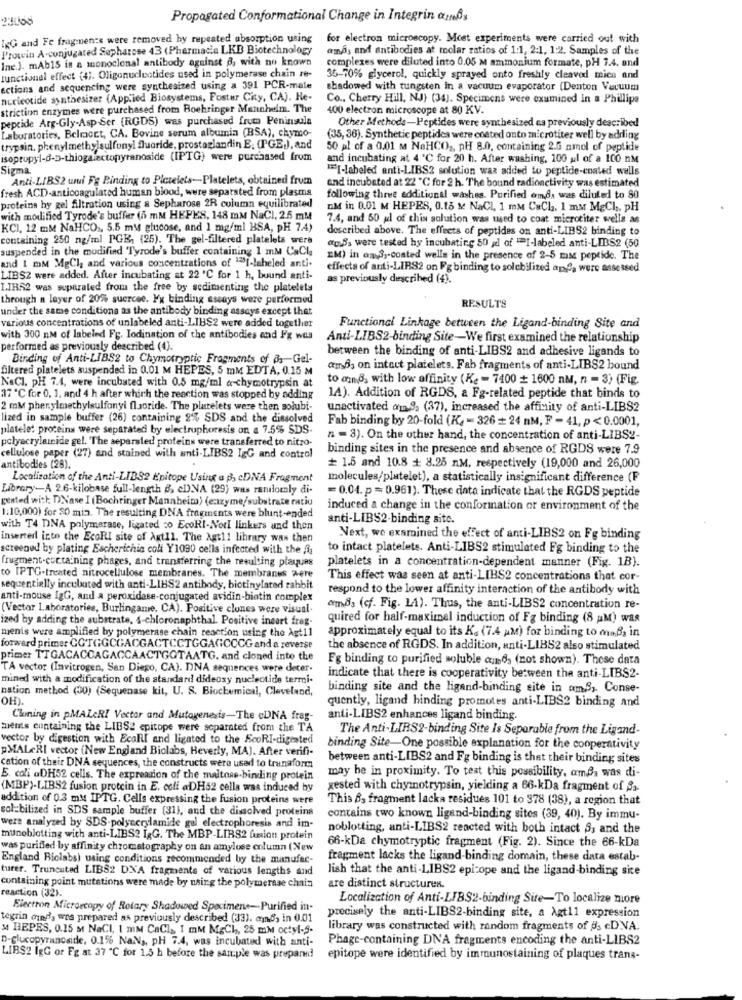
23068
Propagated Conformational Change in Integrin ammBy
ING and Fe fragments were removed by repeated absorption using
for electron microscopy. Most experiments were carried out with
Prowin A-conjugated Sapharose 43 (Pharmacie LKD Biotechnology
ama, and antibodies at molar ratios of 1:1, 2:1, 1:2. Samples of the
Ine.). mAb15 in a monoclonal antibody against &, with no known
complexes were diluted into 0.05 M ammonium formate, pH 7.4, and
functional effect (4). Oligonucleotides used in polymerase chain re-
35-70% glycerol, quickly sprayed onto freshly cleaved mica and
actions and sequencing were synthesized using a 391 PCR-mate
shadowed with tungsten in a vacuum evaporator (Denton Vacuum
nucleotide synthesizer (Applied Biosystems, Postur City, CA). He-
Co ., Cherry Hill, NJ) (34). Specimens were examined In a Phillipa
striction enzymes were purchased from Boehringer Mannheim. The
400 electron microscope at 80 KV.
peptide Arg-Gly-Asp-Ser (RGDS) was purchased from Peninsula
Laboratories, Belmoct, CA. Bovine serum albumin (BSA), chymo-
Other Methods-Peptides were synthesized na previously described
(35, 36). Synthetic peptides were costed onto microtiter well by adding
trypsin, phenylmethylsulfonyl fluoride. prostaglandin E; (PGE,), and
50 al of a 0.01 M NaHCO ,, pH 8.0, containing 2.6 nmol of peptide
isopropyl-d-D-thiogalactopyranoside (IPTG) were purchased from
and incubating at 4 ℃ for 20 h. After washing, 100 ul of a 100 nM
Sigma
"[-labeled anti-LIBS2 solution was added to peptide-coated wells
Anti-LIBS2 uwui Fg Binding to Pictelets-Platelets, obtained from
and incubated at 22 ℃ for 2 h. "The bound radioactivity was estimated
fresh ACD-anticoagulated human blood, were separated from plasma
following three additional washes. Purified omda was diluted to 80
proteins hy gel filtration using a Sepharose 2R column equilibrated
nM in 0.01 M HEPES, 0.15 M NaCl, 1 mM CaCh. 1 mM MgCh, pH
with modified Tyrode's buffer (5 mM HEPES, 148 mM NaCI, 2.5 mM
7.4, and 50 gl of this solution was used to coat microtiter wells as
KCI. 12 mM NaHCO ., 5.5 mM glucose, and 1 mg/ml BSA, DH 7.4)
described above. The effects of peptides on anti-LIBS2 binding to
containing 250 ng/ml PGE, (25). The gel-filtered platelets were
ag.Ss were tested hy incubating 50 gdl of "I-labeled anti-LIBS2 (50
suspended in the modified 'Tyrode's buffer containing 1 mM CaCla
and 1 mM MgCl, and various concentrations of 1231-labeled anti-
EM) in an 3 ,- coated wells in the presence of 2-5 maz peptide. The
effects of anti-LIRS2 on Fg binding to solchilized ape, were assessed
LIBS2 were added. After incubating at 22 ℃ for 1 h, buund anti-
as previously described (4).
I.IBS2 was separated from the free by sedimenting the platelets
through a layer of 20% suercee. Fx binding assays were performed
RESULTS
under the same conditions as the antibody binding assays except that
various concentrations of unlabeled anti-LIBS2 were added together
Functional Linkage between the Ligand-binding Site and
with 300 nM of labeind Fg. Iodination of the antibodies and Fg wos
Anti-LIBS2-binding Site-We first examined the relationship
performed as previously described (4).
between the binding of anti-LIBS2 and adhesive ligands to
Binding of Anti-LIBS2 to Chymocryptic Fragments of a ,- Gel-
filtered platelets suspended in 0.01 M HEPES, 5 mM EDTA, 0.15 M
amfs on intact platelets. Fab fragments of anti-LIBS2 bound
to mme, with low affinity (Ke = 7400 + 1600 nM, n = 3) (Fig.
NaCI. pH 7.4, were incubated with 0.5 mg/ml a-chymotrypsin at
37 ℃ for 0, 1, and 4 h after which the reaction was stopped by adding
1A). Addition of RGDS, a Fg-related peptide that binds to
2 mM phenylmethylsulfonyi fluoride. The platelets were then solubi-
unactivated om 9. (37), increased the affinity of anti-LIBS2
lized in sample buffer (26) containing 2% SDS and the dissolved
Fab binding by 20-fold (Ka = 326 = 24 nM, F - 41, p < 0.0001,
platelet proteins were separated by electrophoresis on a 7.5% SDS.
polyacrylamide gel. The separaled proteins were transferred to nitro-
n = 8). On the other hand, the concentration of anti-LIBS2-
binding sites in the presence and absence of RGDS were 7.9
cellulose paper (27) and stained with anti-LIBS2 IgG and control
antibodies (28).
# 1.5 and 10.8 + 8.25 nM, respectively (19,000 and 26,000
Localization of the Anti-LID92 Epitope Using a B cDNA Fragment
molecules/platelet), a statistically insignificant difference (F
Library-A 2.6-kilobase full-length #, cD).NA (29) was randomly di-
=0.04. p=0.961). These data indicate that the RGDS peptide
gented with: DNase I (Bochringer Mannheim) (enzyme/substrate ratio
1.10,000) for 20 min. The resulting DNA fragments were blunt-ended
induced a change in the conformation or environment of the
anti-LIBS2-binding site.
with T4 DNA polymerase, ligated co EcoRI-Not linkers and then
inserted into the EcoRI site of AgtIl. The Agtl! library waw then
Next, we examined the effect of anti-LIBS2 on Fg binding
screened by plating Escherichia coli Y1090 cells infected with the 3
to intact platelets. Anti-LIBS2 stimulated Fg binding to the
frugment-containing phages, and transferring the resulting playuns
platelets in a concentration-dependent manner (Fig. 1B).
to IPTG-treated nitrocellulose membranes. The membranes were
This effect was seen at anti-LIBS2 concentrations that cor-
sequentially incubated with anti-LIBS2 antibody, biotinylated rabbit
respond to the lower affinity interaction of the antibody with
anti-mouse IgG, and a peroxidase-conjugated avidin-biotin complex
(Vector Laboratories, Burlingame, CA). Positive clones were visual.
cmBs (cf. Fig. LA). Thus, the anti-LIBS2 concentration re-
ized by adding the substrate, 4-chloronaphthal. Positive incart frag-
quired for half-maximal induction of Fg binding (8 AM) was
menis were amplified by polymerase chain reaction using the Agt11
approximately equal to its K. (7.4 M) for binding to ounds in
forward primer CGTGGCGACGACTCCTGGAGCCCG and a reverse
the absence of RGDS. In addition, anti-LIBS2 also stimulated
primer TTGACACCAGACCAACTGGTAATG, and cloned into the
Fg binding to purified soluble cnds (not shown). These data
TA vector (Invitrogen, San Diego, CA). DNA sequences were deter-
mined with a modification of the standard dideoxy nucleotide termi-
indicate that there is cooperativity between the anti-LIBS2-
nation method (30) (Sequenase kit, U. S. Biochemical, Cleveland,
binding site and the ligand-binding site in am,S, Conse-
quently, ligand hinding promotes anti-LIBS2 binding and
Cloning in pMALARI Vector and Mutagenesis-The cDNA frag-
anti-LIBS2 enhances ligand binding.
ments containing the LIBS2 cpitope were separated from the TA
The Anti-LIRS2-binding Site Is Separable from the Ligand-
vector by digestion with EcoRI and ligated to the ScoRI-digested
pMALARI vector (New England Biolabs, Beverly, MA). After verifi-
binding Site-One possible explanation for the cooperativity
between anti-LIBS2 and Fg binding is that their binding sites
cation of their DNA sequences, the constructs were used to transform
E. coli aDH52 cells. The expression of the maltnas-binding protein
may be in proximity. To test this possibility, amSa was di-
(MBP)-LIBS2 fusion protein in E. coli aDH62 cella was induced by
gested with chymotrypsin, yielding a 66-kDa fragment of 33-
addition of 0.3 mM IPTG. Cells expressing the fusion proteins were
This &3 fragment lacka residues 101 to 378 (38), a region that
sol-bilized in SDS sample buffer (31), and the dissolved proteins
contains two known ligand-binding sites (39, 40). By immu-
were analyzed by SDS-polycerylamide gel electrophoresis and im-
noblotting, anti-LIBS2 reacted with both intact S, and the
munoblotting with anti-LIBS2 I&G. The MBP-LIR82 fusion protein
66-kDa chymotryptic fragment (Fig. 2). Since the 66-kDa
was purifled by affinity chromatography on an amylose column (New
England Biclabs) using conditions recommended by the manufac-
fragment lacks the ligand-binding domain, these data estab-
turer. Truncated LIBS2 DNA fragments of various lengths and
lish that the anti-LIBS2 epicope and the ligand-binding site
containing point mutations were made by using the polymersse chaia
reaction (32).
are distinct structures.
Localization of Anti-LIBS2-binding Site-To localize more
Electron Microscopy of Rotary Shadowed Specimens-Purified itt-
tegrin mind', was prepared as previously described (33). omds in 0.01
precisely the anti-LIBS2-binding site, a Agt11 expression
31 HEPES, 0.15 M NaCI, 1 mm CaCl _, 1 mM M&Ch, 25 mM octyl-5.
library was constructed with random fragments of 83 cD.VA.
D-Glucopyranoside, 0.1% NaNa, PH 7.4, was incubated with anti-
Phage-containing DNA fragments encoding the anti-LIBS2
LIBS2 IgG or Fg at 37 "℃ for 1.5 h before the sample was prepared
epitope were identified by immunostaining of plaques trans-